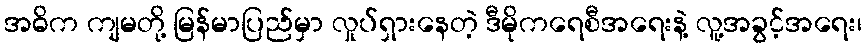
အဓိက ကျမတို့ မြန်မာပြည်မှာ လှုပ်ရှားနေတဲ့ ဒီမိုကရေစီအရေးနဲ့ လူ့အခွင့်အရေး၊